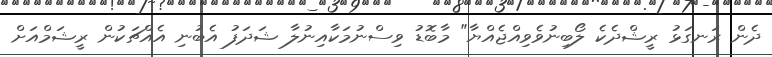
ދެން ރަނގަޅު ރީޝްދެކެ ލޯބިނުވެވިއްޖެއްޔާ" މާބޮޑު ވިސްނުމަކާއިނުލާ ޝަދަފު އެބުނި އެއްޗަކުން ރީޝަމްއަށް